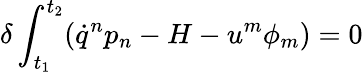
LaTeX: \delta\int_{t_{1}}^{t_{2}}(\dot{q}^{n}p_{n}-H-u^{m}\phi_{m})=0